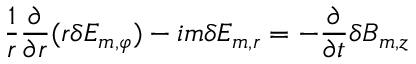
\frac { 1 } { r } \frac { \partial } { \partial r } ( r \delta E _ { m , \varphi } ) - i m \delta E _ { m , r } = - \frac { \partial } { \partial t } \delta B _ { m , z }